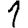
Digit: 1